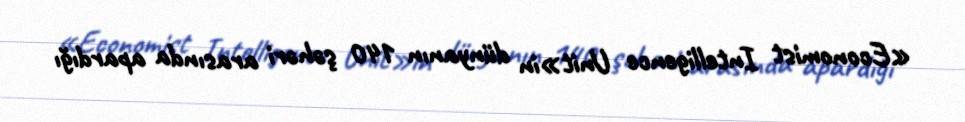
«Economist Intelligence Unit»in dünyanın 140 şəhəri arasında apardığı